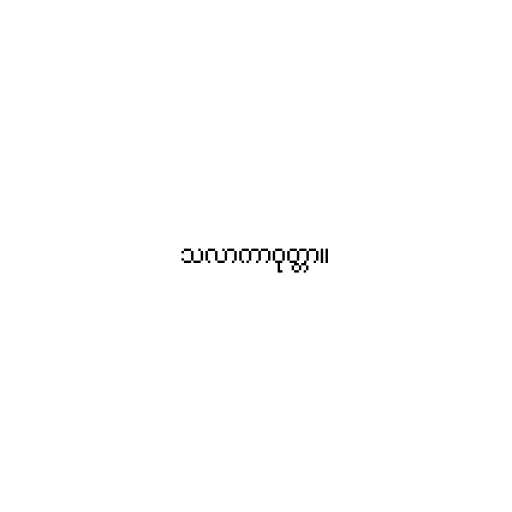
သလာကာဝုတ္တာ။